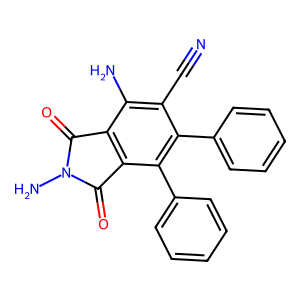
SMILES: N#Cc1c(N)c2c(c(-c3ccccc3)c1-c1ccccc1)C(=O)N(N)C2=O
Inhibits HIV replication: No